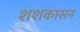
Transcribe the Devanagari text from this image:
शशकासन